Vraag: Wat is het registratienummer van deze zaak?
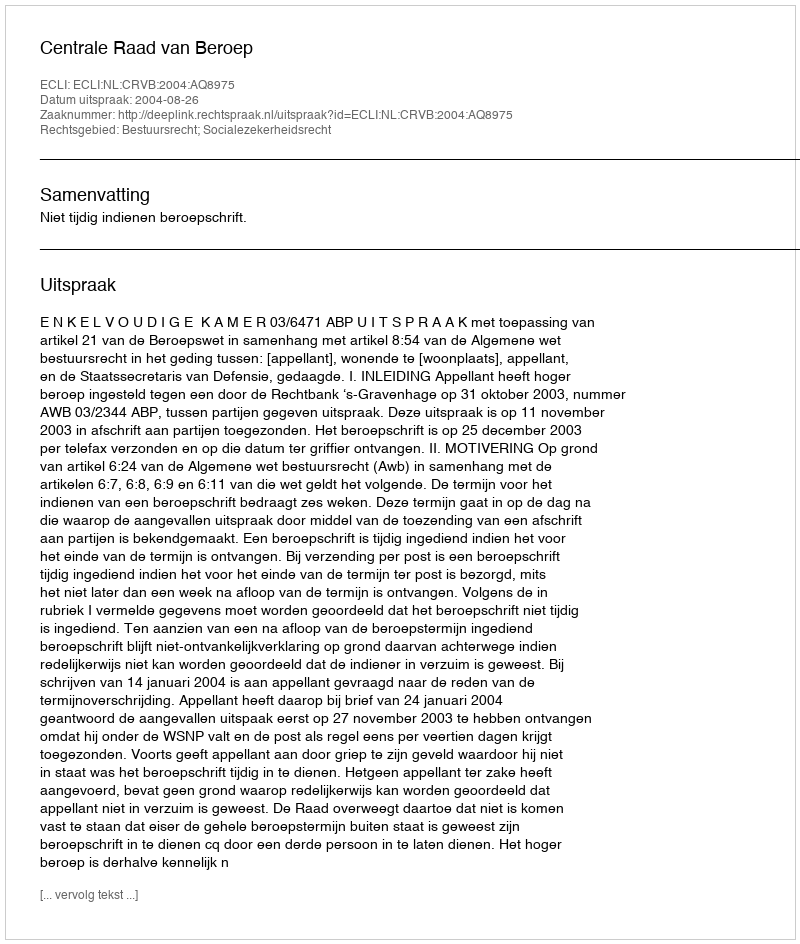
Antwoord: http://deeplink.rechtspraak.nl/uitspraak?id=ECLI:NL:CRVB:2004:AQ8975